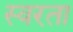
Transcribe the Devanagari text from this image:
स्वरता